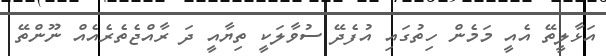
އަޅާލީތޭ އެއީ މަމެން ހިތުގައި އުފެދޭ ސުވާލަކީ ތިޔާއީ ދަ ރާއްޖެތެރެއެއް ނޫންތޭ